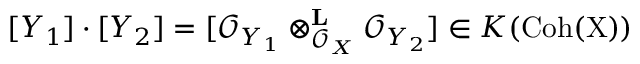
[ Y _ { 1 } ] \cdot [ Y _ { 2 } ] = [ { \mathcal { O } } _ { Y _ { 1 } } \otimes _ { { \mathcal { O } } _ { X } } ^ { \mathbf { L } } { \mathcal { O } } _ { Y _ { 2 } } ] \in K ( { \mathrm { C o h ( X ) } } )